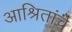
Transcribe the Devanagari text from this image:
आश्रितांचे